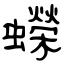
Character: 蠑